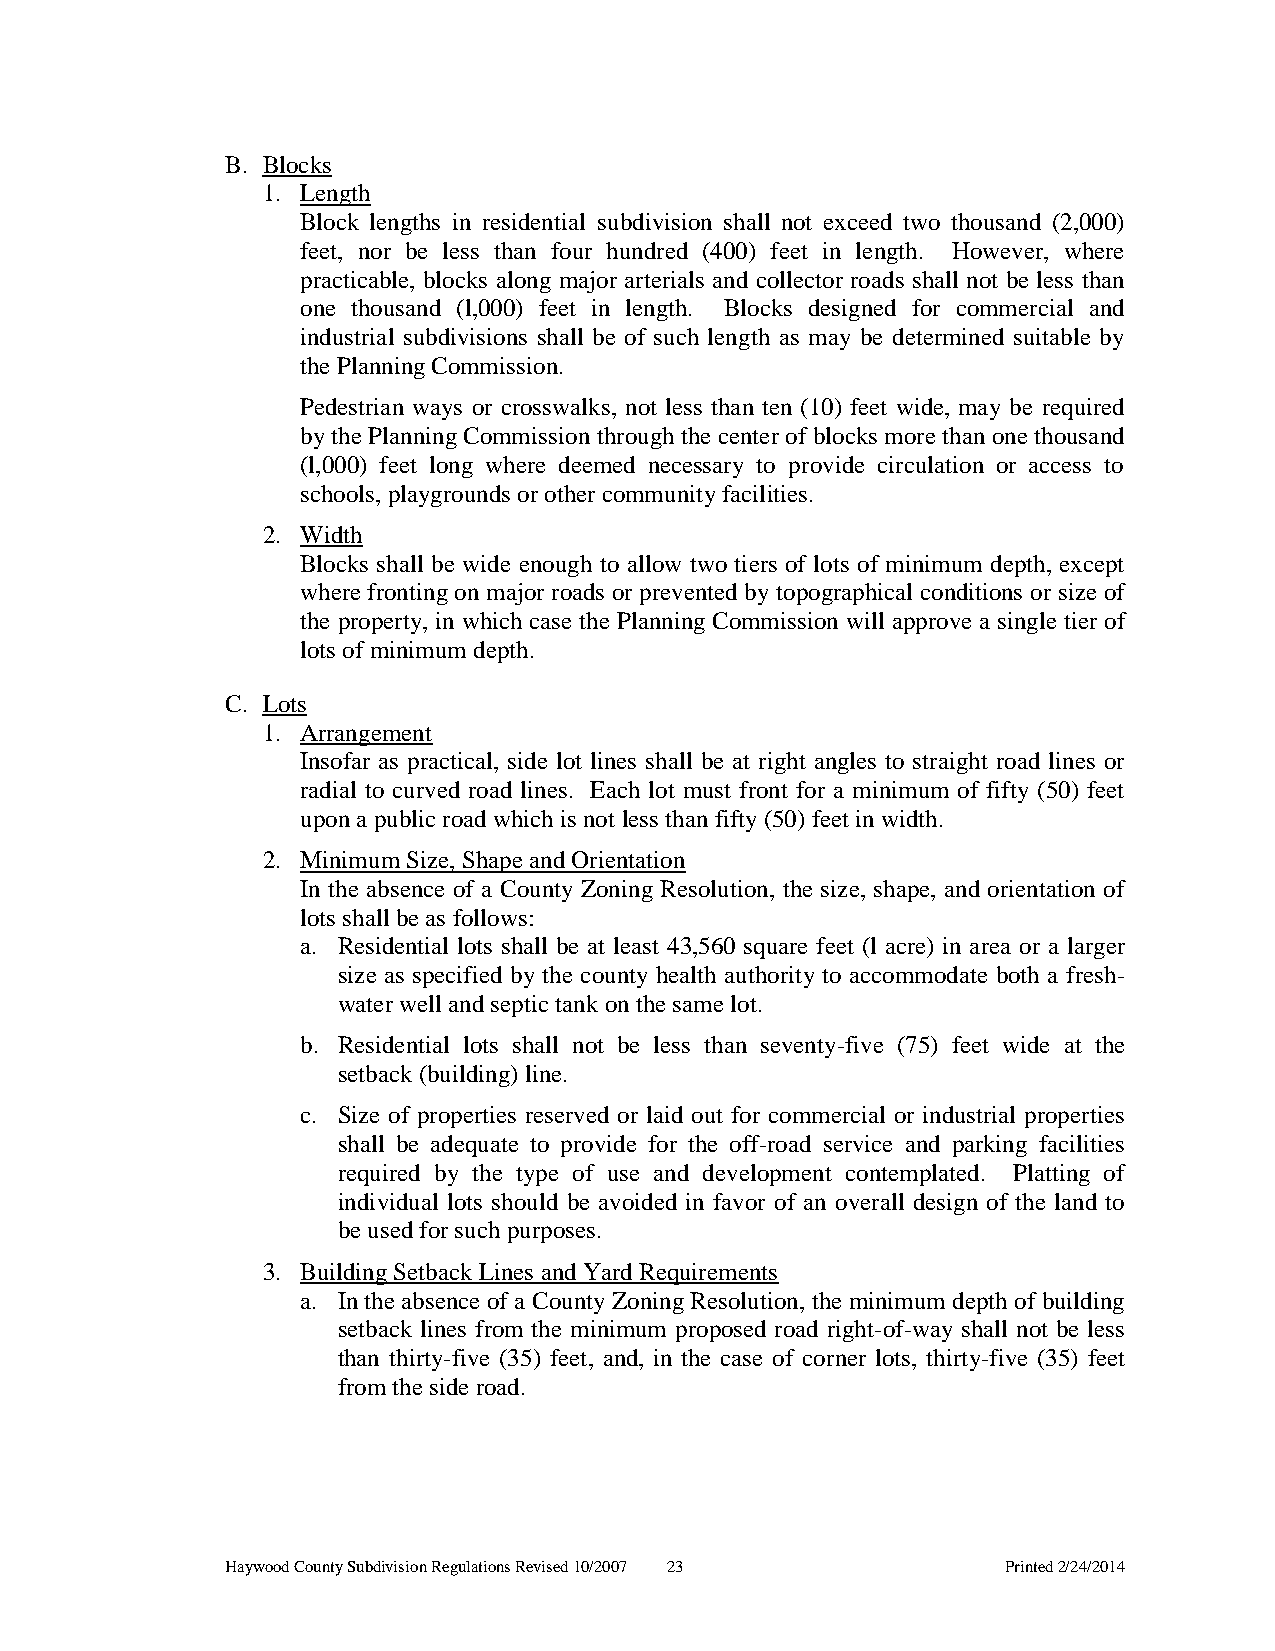
B. Blocks
 1. Length
 Block lengths in residential subdivision shall not exceed two thousand (2,000)
 feet, nor be less than four hundred (400) feet in length. However, where
 practicable, blocks along major arterials and collector roads shall not be less than
 one thousand (l,000) feet in length. Blocks designed for commercial and
 industrial subdivisions shall be of such length as may be determined suitable by
 the Planning Commission.
 Pedestrian ways or crosswalks, not less than ten (10) feet wide, may be required
 by the Planning Commission through the center of blocks more than one thousand
 (l,000) feet long where deemed necessary to provide circulation or access to
 schools, playgrounds or other community facilities.
 2. Width
 Blocks shall be wide enough to allow two tiers of lots of minimum depth, except
 where fronting on major roads or prevented by topographical conditions or size of
 the property, in which case the Planning Commission will approve a single tier of
 lots of minimum depth.
 C. Lots
 1. Arrangement
 Insofar as practical, side lot lines shall be at right angles to straight road lines or
 radial to curved road lines. Each lot must front for a minimum of fifty (50) feet
 upon a public road which is not less than fifty (50) feet in width.
 2. Minimum Size, Shape and Orientation
 In the absence of a County Zoning Resolution, the size, shape, and orientation of
 lots shall be as follows:
 a. Residential lots shall be at least 43,560 square feet (l acre) in area or a larger
 size as specified by the county health authority to accommodate both a fresh-
 water well and septic tank on the same lot.
 b. Residential lots shall not be less than seventy-five (75) feet wide at the
 setback (building) line.
 c. Size of properties reserved or laid out for commercial or industrial properties
 shall be adequate to provide for the off-road service and parking facilities
 required by the type of use and development contemplated. Platting of
 individual lots should be avoided in favor of an overall design of the land to
 be used for such purposes.
 3. Building Setback Lines and Yard Requirements
 a. In the absence of a County Zoning Resolution, the minimum depth of building
 setback lines from the minimum proposed road right-of-way shall not be less
 than thirty-five (35) feet, and, in the case of corner lots, thirty-five (35) feet
 from the side road.
 Haywood County Subdivision Regulations Revised 10/2007 23 Printed 2/24/2014